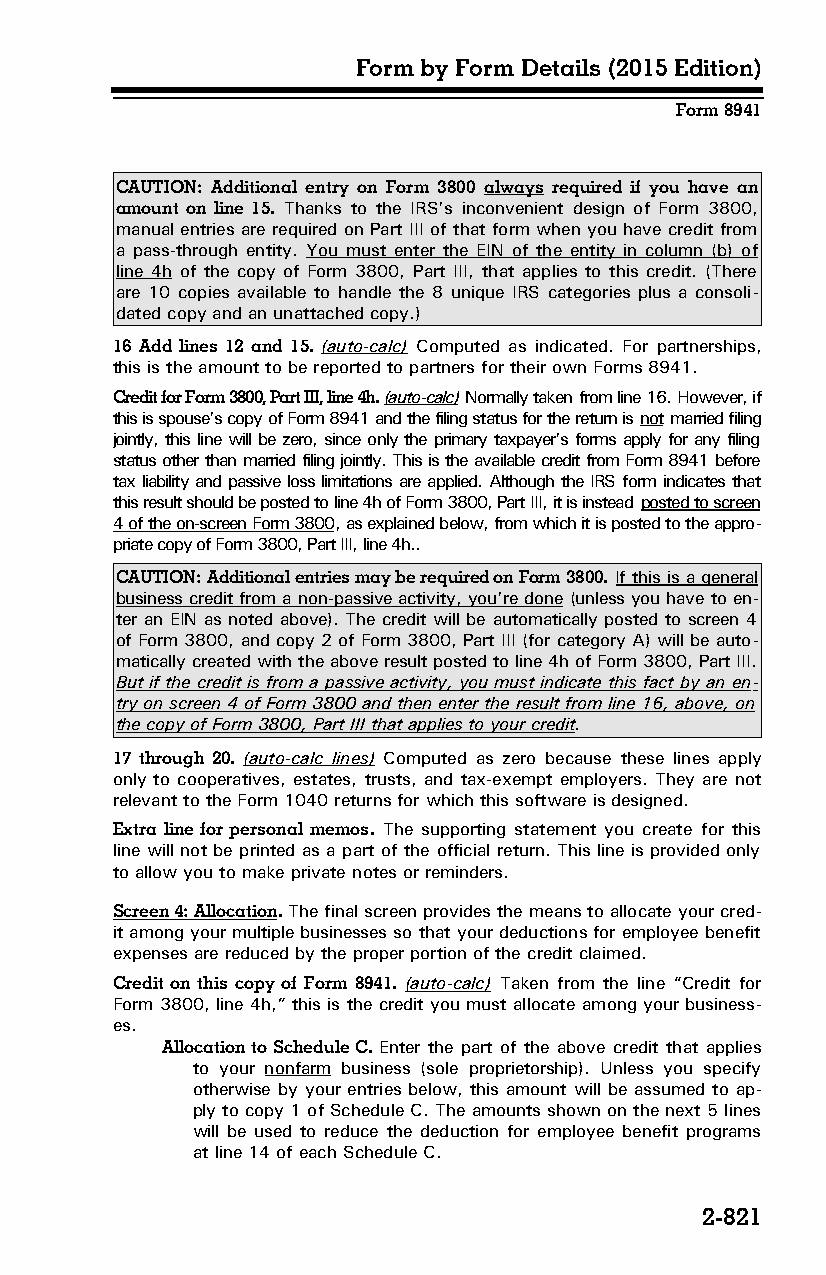
Form by Form Details (2015 Edition)
 Form 8941
 CAUTION: Additional entry on Form 3800 always required if you have an
 amount on line 15. Thanks to the IRS’s inconvenient design of Form 3800,
 manual entries are required on Part III of that form when you have credit from
 a pass-through entity. You must enter the EIN of the entity in column (b) of
 line 4h of the copy of Form 3800, Part III, that applies to this credit. (There
 are 10 copies available to handle the 8 unique IRS categories plus a consoli­
 dated copy and an unattached copy.)
 16 Add lines 12 and 15. (auto-calc) Computed as indicated. For partnerships,
 this is the amount to be reported to partners for their own Forms 8941.
 Credit for Form 3800, Part III, line 4h. (auto-calc) Normally taken from line 16. However, if
 this is spouse’s copy of Form 8941 and the filing status for the return is not married filing
 jointly, this line will be zero, since only the primary taxpayer’s forms apply for any filing
 status other than married filing jointly. This is the available credit from Form 8941 before
 tax liability and passive loss limitations are applied. Although the IRS form indicates that
 this result should be posted to line 4h of Form 3800, Part III, it is instead posted to screen
 4 of the on-screen Form 3800, as explained below, from which it is posted to the appro­
 priate copy of Form 3800, Part III, line 4h..
 CAUTION: Additional entries may be required on Form 3800. If this is a general
 business credit from a non-passive activity, you’re done (unless you have to en­
 ter an EIN as noted above). The credit will be automatically posted to screen 4
 of Form 3800, and copy 2 of Form 3800, Part III (for category A) will be auto­
 matically created with the above result posted to line 4h of Form 3800, Part III.
 But if the credit is from a passive activity, you must indicate this fact by an en­
 try on screen 4 of Form 3800 and then enter the result from line 16, above, on
 the copy of Form 3800, Part III that applies to your credit.
 17 through 20. (auto-calc lines) Computed as zero because these lines apply
 only to cooperatives, estates, trusts, and tax-exempt employers. They are not
 relevant to the Form 1040 returns for which this software is designed.
 Extra line for personal memos. The supporting statement you create for this
 line will not be printed as a part of the official return. This line is provided only
 to allow you to make private notes or reminders.
 Screen 4: Allocation. The final screen provides the means to allocate your cred­
 it among your multiple businesses so that your deductions for employee benefit
 expenses are reduced by the proper portion of the credit claimed.
 Credit on this copy of Form 8941. (auto-calc) Taken from the line “Credit for
 Form 3800, line 4h,” this is the credit you must allocate among your business­
 es.
 Allocation to Schedule C. Enter the part of the above credit that applies
 to your nonfarm business (sole proprietorship). Unless you specify
 otherwise by your entries below, this amount will be assumed to ap­
 ply to copy 1 of Schedule C. The amounts shown on the next 5 lines
 will be used to reduce the deduction for employee benefit programs
 at line 14 of each Schedule C.
 2-821